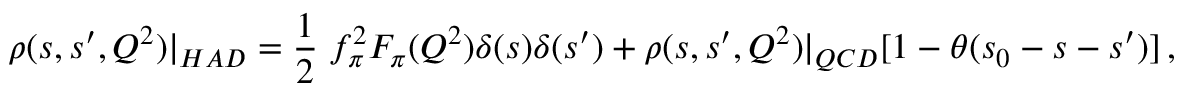
\rho ( s , s ^ { \prime } , Q ^ { 2 } ) | _ { H A D } = \frac { 1 } { 2 } \; f _ { \pi } ^ { 2 } F _ { \pi } ( Q ^ { 2 } ) \delta ( s ) \delta ( s ^ { \prime } ) + \rho ( s , s ^ { \prime } , Q ^ { 2 } ) | _ { Q C D } [ 1 - \theta ( s _ { 0 } - s - s ^ { \prime } ) ] \, ,